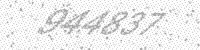
Solution: 944837